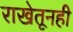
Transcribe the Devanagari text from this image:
राखेतूनही